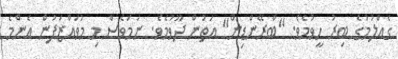
ގެއްލުމުގެ ބިރު ހީވުމެވެ. "ބްރޭންޑިން" އަތުން ދޫވުމެވެ. ނަމަވެސް މި މުވައްޒަފުން އެންމެ